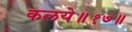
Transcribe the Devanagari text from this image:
कलये॥१७॥